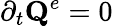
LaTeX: \partial_{t}\mathbf{Q}^{e}=0